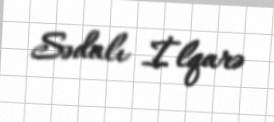
Sədalı İlqarə